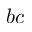
b c